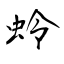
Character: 蛉